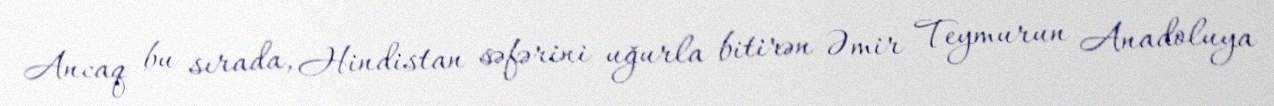
Ancaq bu sırada, Hindistan səfərini uğurla bitirən Əmir Teymurun Anadoluya